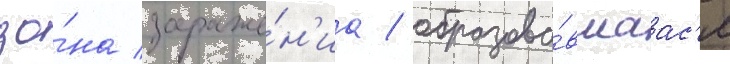
зо́на зараже́н'иа / образова́вшаас'я